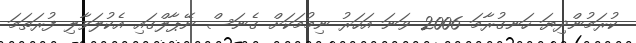
ކުރަމުންދިޔަ ހަނގުރާމަ 2006 ވަނަ އަހަރު ނިމުމަކަށް ގެނަސް ނޭޕާލްގައި އެކުލަވާލި ފުރަތަމަ